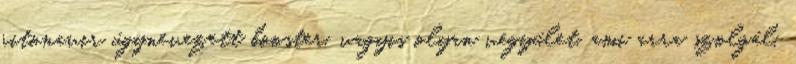
ritonavir úgynevezett booster, vagyis olyan vegyület, ami arra szolgál,